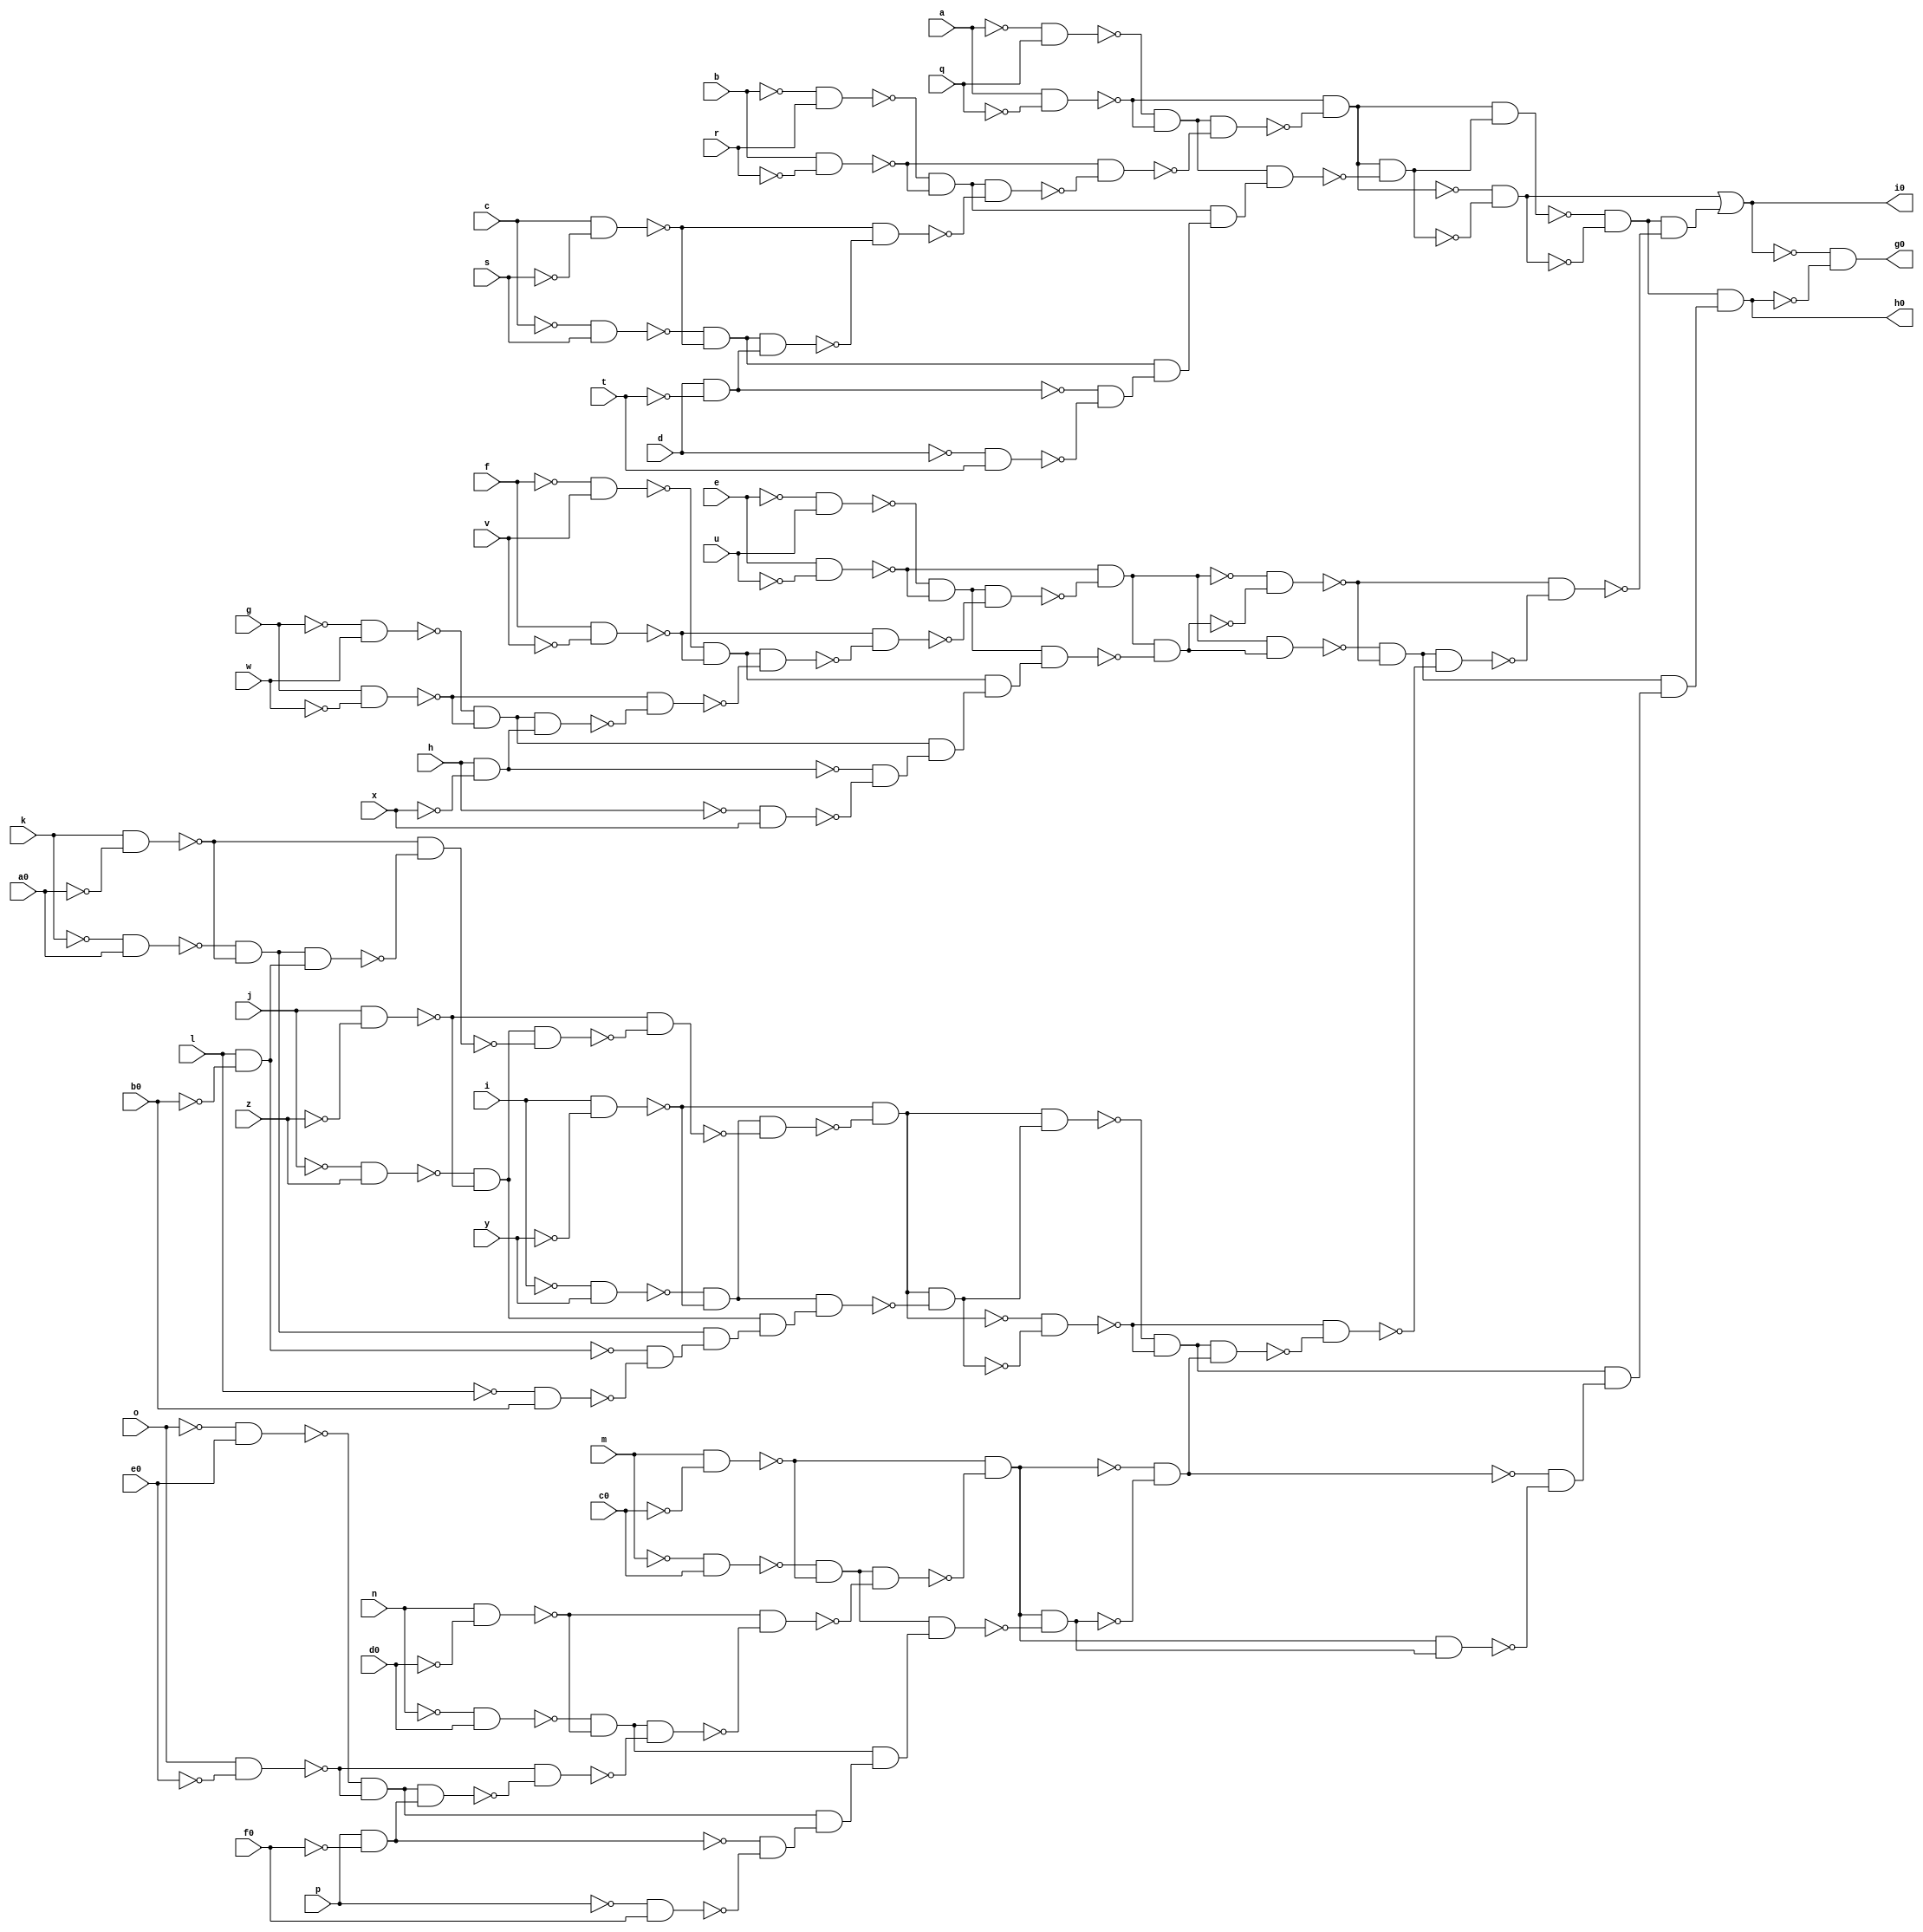
module comp ( 
    a, b, c, d, e, f, g, h, i, j, k, l, m, n, o, p, q, r, s, t, u, v, w, x,
    y, z, a0, b0, c0, d0, e0, f0,
    g0, h0, i0  );
  input  a, b, c, d, e, f, g, h, i, j, k, l, m, n, o, p, q, r, s, t, u,
    v, w, x, y, z, a0, b0, c0, d0, e0, f0;
  output g0, h0, i0;
  wire new_n36_, new_n37_, new_n38_, new_n39_, new_n40_, new_n41_, new_n42_,
    new_n43_, new_n44_, new_n45_, new_n46_, new_n47_, new_n48_, new_n49_,
    new_n50_, new_n51_, new_n52_, new_n53_, new_n54_, new_n55_, new_n56_,
    new_n57_, new_n58_, new_n59_, new_n60_, new_n61_, new_n62_, new_n63_,
    new_n64_, new_n65_, new_n66_, new_n67_, new_n68_, new_n69_, new_n70_,
    new_n71_, new_n72_, new_n73_, new_n74_, new_n75_, new_n76_, new_n77_,
    new_n78_, new_n79_, new_n80_, new_n81_, new_n82_, new_n83_, new_n84_,
    new_n85_, new_n86_, new_n87_, new_n88_, new_n89_, new_n90_, new_n91_,
    new_n92_, new_n93_, new_n94_, new_n95_, new_n96_, new_n97_, new_n98_,
    new_n99_, new_n100_, new_n101_, new_n102_, new_n103_, new_n104_,
    new_n105_, new_n106_, new_n107_, new_n108_, new_n109_, new_n110_,
    new_n111_, new_n112_, new_n113_, new_n114_, new_n115_, new_n116_,
    new_n117_, new_n118_, new_n119_, new_n120_, new_n121_, new_n122_,
    new_n123_, new_n124_, new_n125_, new_n126_, new_n127_, new_n128_,
    new_n129_, new_n130_, new_n131_, new_n132_, new_n133_, new_n134_,
    new_n135_, new_n136_, new_n137_, new_n138_, new_n140_, new_n141_,
    new_n142_, new_n143_;
  assign new_n36_ = ~k & a0;
  assign new_n37_ = k & ~a0;
  assign new_n38_ = ~new_n36_ & ~new_n37_;
  assign new_n39_ = ~j & z;
  assign new_n40_ = j & ~z;
  assign new_n41_ = ~new_n39_ & ~new_n40_;
  assign new_n42_ = ~i & y;
  assign new_n43_ = i & ~y;
  assign new_n44_ = ~new_n42_ & ~new_n43_;
  assign new_n45_ = l & ~b0;
  assign new_n46_ = new_n38_ & new_n45_;
  assign new_n47_ = ~new_n37_ & ~new_n46_;
  assign new_n48_ = new_n41_ & ~new_n47_;
  assign new_n49_ = ~new_n40_ & ~new_n48_;
  assign new_n50_ = new_n44_ & ~new_n49_;
  assign new_n51_ = ~new_n43_ & ~new_n50_;
  assign new_n52_ = ~l & b0;
  assign new_n53_ = ~new_n45_ & ~new_n52_;
  assign new_n54_ = new_n38_ & new_n53_;
  assign new_n55_ = new_n41_ & new_n54_;
  assign new_n56_ = new_n44_ & new_n55_;
  assign new_n57_ = new_n51_ & ~new_n56_;
  assign new_n58_ = new_n51_ & new_n57_;
  assign new_n59_ = ~new_n51_ & ~new_n57_;
  assign new_n60_ = ~new_n58_ & ~new_n59_;
  assign new_n61_ = ~g & w;
  assign new_n62_ = g & ~w;
  assign new_n63_ = ~new_n61_ & ~new_n62_;
  assign new_n64_ = ~f & v;
  assign new_n65_ = f & ~v;
  assign new_n66_ = ~new_n64_ & ~new_n65_;
  assign new_n67_ = ~e & u;
  assign new_n68_ = e & ~u;
  assign new_n69_ = ~new_n67_ & ~new_n68_;
  assign new_n70_ = h & ~x;
  assign new_n71_ = new_n63_ & new_n70_;
  assign new_n72_ = ~new_n62_ & ~new_n71_;
  assign new_n73_ = new_n66_ & ~new_n72_;
  assign new_n74_ = ~new_n65_ & ~new_n73_;
  assign new_n75_ = new_n69_ & ~new_n74_;
  assign new_n76_ = ~new_n68_ & ~new_n75_;
  assign new_n77_ = ~h & x;
  assign new_n78_ = ~new_n70_ & ~new_n77_;
  assign new_n79_ = new_n63_ & new_n78_;
  assign new_n80_ = new_n66_ & new_n79_;
  assign new_n81_ = new_n69_ & new_n80_;
  assign new_n82_ = new_n76_ & ~new_n81_;
  assign new_n83_ = new_n76_ & new_n82_;
  assign new_n84_ = ~new_n76_ & ~new_n82_;
  assign new_n85_ = ~new_n83_ & ~new_n84_;
  assign new_n86_ = ~c & s;
  assign new_n87_ = c & ~s;
  assign new_n88_ = ~new_n86_ & ~new_n87_;
  assign new_n89_ = ~b & r;
  assign new_n90_ = b & ~r;
  assign new_n91_ = ~new_n89_ & ~new_n90_;
  assign new_n92_ = ~a & q;
  assign new_n93_ = a & ~q;
  assign new_n94_ = ~new_n92_ & ~new_n93_;
  assign new_n95_ = d & ~t;
  assign new_n96_ = new_n88_ & new_n95_;
  assign new_n97_ = ~new_n87_ & ~new_n96_;
  assign new_n98_ = new_n91_ & ~new_n97_;
  assign new_n99_ = ~new_n90_ & ~new_n98_;
  assign new_n100_ = new_n94_ & ~new_n99_;
  assign new_n101_ = ~new_n93_ & ~new_n100_;
  assign new_n102_ = ~d & t;
  assign new_n103_ = ~new_n95_ & ~new_n102_;
  assign new_n104_ = new_n88_ & new_n103_;
  assign new_n105_ = new_n91_ & new_n104_;
  assign new_n106_ = new_n94_ & new_n105_;
  assign new_n107_ = new_n101_ & ~new_n106_;
  assign new_n108_ = new_n101_ & new_n107_;
  assign new_n109_ = ~new_n101_ & ~new_n107_;
  assign new_n110_ = ~new_n108_ & ~new_n109_;
  assign new_n111_ = ~o & e0;
  assign new_n112_ = o & ~e0;
  assign new_n113_ = ~new_n111_ & ~new_n112_;
  assign new_n114_ = ~n & d0;
  assign new_n115_ = n & ~d0;
  assign new_n116_ = ~new_n114_ & ~new_n115_;
  assign new_n117_ = ~m & c0;
  assign new_n118_ = m & ~c0;
  assign new_n119_ = ~new_n117_ & ~new_n118_;
  assign new_n120_ = p & ~f0;
  assign new_n121_ = new_n113_ & new_n120_;
  assign new_n122_ = ~new_n112_ & ~new_n121_;
  assign new_n123_ = new_n116_ & ~new_n122_;
  assign new_n124_ = ~new_n115_ & ~new_n123_;
  assign new_n125_ = new_n119_ & ~new_n124_;
  assign new_n126_ = ~new_n118_ & ~new_n125_;
  assign new_n127_ = ~p & f0;
  assign new_n128_ = ~new_n120_ & ~new_n127_;
  assign new_n129_ = new_n113_ & new_n128_;
  assign new_n130_ = new_n116_ & new_n129_;
  assign new_n131_ = new_n119_ & new_n130_;
  assign new_n132_ = new_n126_ & ~new_n131_;
  assign new_n133_ = ~new_n126_ & ~new_n132_;
  assign new_n134_ = new_n60_ & new_n133_;
  assign new_n135_ = ~new_n59_ & ~new_n134_;
  assign new_n136_ = new_n85_ & ~new_n135_;
  assign new_n137_ = ~new_n84_ & ~new_n136_;
  assign new_n138_ = new_n110_ & ~new_n137_;
  assign i0 = new_n109_ | new_n138_;
  assign new_n140_ = new_n126_ & new_n132_;
  assign new_n141_ = ~new_n133_ & ~new_n140_;
  assign new_n142_ = new_n60_ & new_n141_;
  assign new_n143_ = new_n85_ & new_n142_;
  assign h0 = new_n110_ & new_n143_;
  assign g0 = ~i0 & ~h0;
endmodule